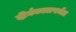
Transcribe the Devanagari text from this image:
दीर्घकालपर्यंत